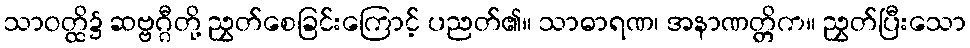
သာဝတ္ထိ၌ ဆဗ္ဗဂ္ဂီတို့ ညွှတ်စေခြင်းကြောင့် ပညတ်၏။ သာဓာရဏ၊ အနာဏတ္တိက။ ညွှတ်ပြီးသော